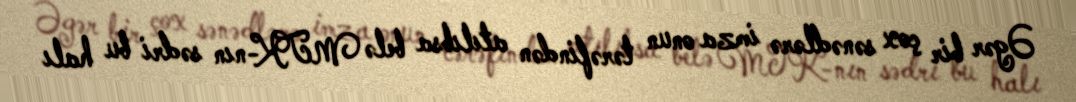
Əgər bir çox sənədlərə imza onun tərəfindən atılıbsa belə MTK-nın sədri bu halı